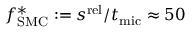
f _ { \mathrm { S M C } } ^ { * } : = s ^ { \mathrm { r e l } } / t _ { \mathrm { m i c } } \approx 5 0